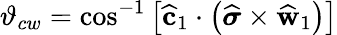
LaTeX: \vartheta_{cw}=\cos^{-1}\left[\widehat{\mathbf{c}}_{1}\cdot\left(\widehat{\boldsymbol{\sigma}}\times\widehat{\mathbf{w}}_{1}\right)\right]